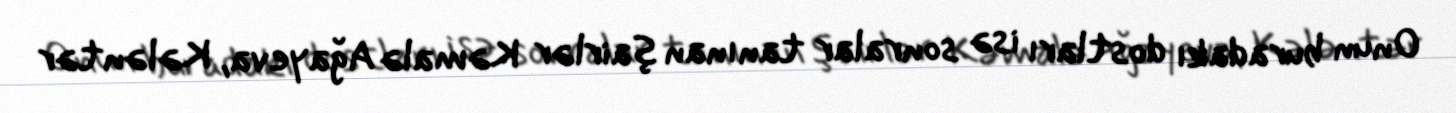
Onun buradakı dostları isə sonralar tanınan şairlər Kəmalə Ağayeva, Kələntər